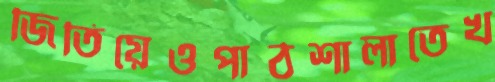
জিতিয়েওপাঠশালাতেখ